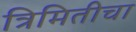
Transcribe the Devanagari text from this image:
त्रिमितीचा